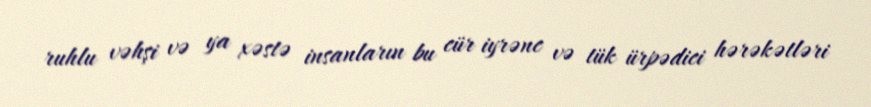
ruhlu vəhşi və ya xəstə insanların bu cür iyrənc və tük ürpədici hərəkətləri